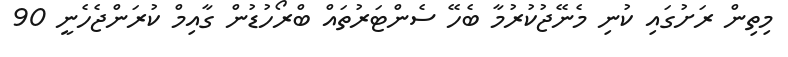
މިތިން ރަށުގައި ކުނި މެނޭޖުކުރުމާ ބެހޭ ސެންޓަރުތައް ބްރޯހުޑުން ގާއިމް ކުރަންޖެހެނީ 90